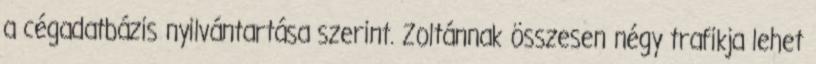
a cégadatbázis nyilvántartása szerint. Zoltánnak összesen négy trafikja lehet